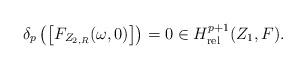
LaTeX: \begin{align*}\delta_p \left( \big[F_{Z_{2,R}}(\omega,0)\big] \right) =0 \in H^{p+1}_\mathrm{rel}(Z_1,F).\end{align*}